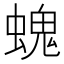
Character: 螝